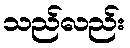
သည်လည်း